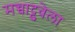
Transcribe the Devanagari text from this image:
मच्चाट्टुवेला